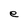
Character: e